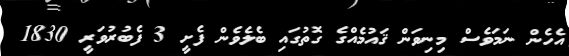
އެހެން ނަމަވެސް މިނިވަން ޤައުމެއްގެ ގޮތުގައި ބެލެވެން ފެށީ 3 ފެބުރުވަރީ 1830